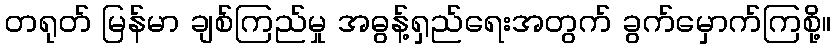
တရုတ် မြန်မာ ချစ်ကြည်မှု အဓွန့်ရှည်ရေးအတွက် ခွက်မှောက်ကြစို့။